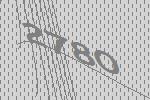
2780